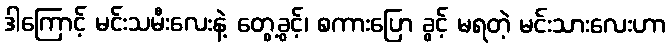
ဒါကြောင့် မင်းသမီးလေးနဲ့ တွေ့ခွင့်၊ စကားပြော ခွင့် မရတဲ့ မင်းသားလေးဟာ